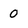
Character: 0